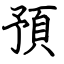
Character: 預